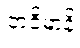
တဝိမာနိ